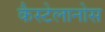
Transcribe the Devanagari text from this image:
कैस्टेलानोस